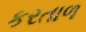
કરતાળ